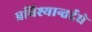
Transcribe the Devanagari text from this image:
प्रविश्यान्तर्दधे